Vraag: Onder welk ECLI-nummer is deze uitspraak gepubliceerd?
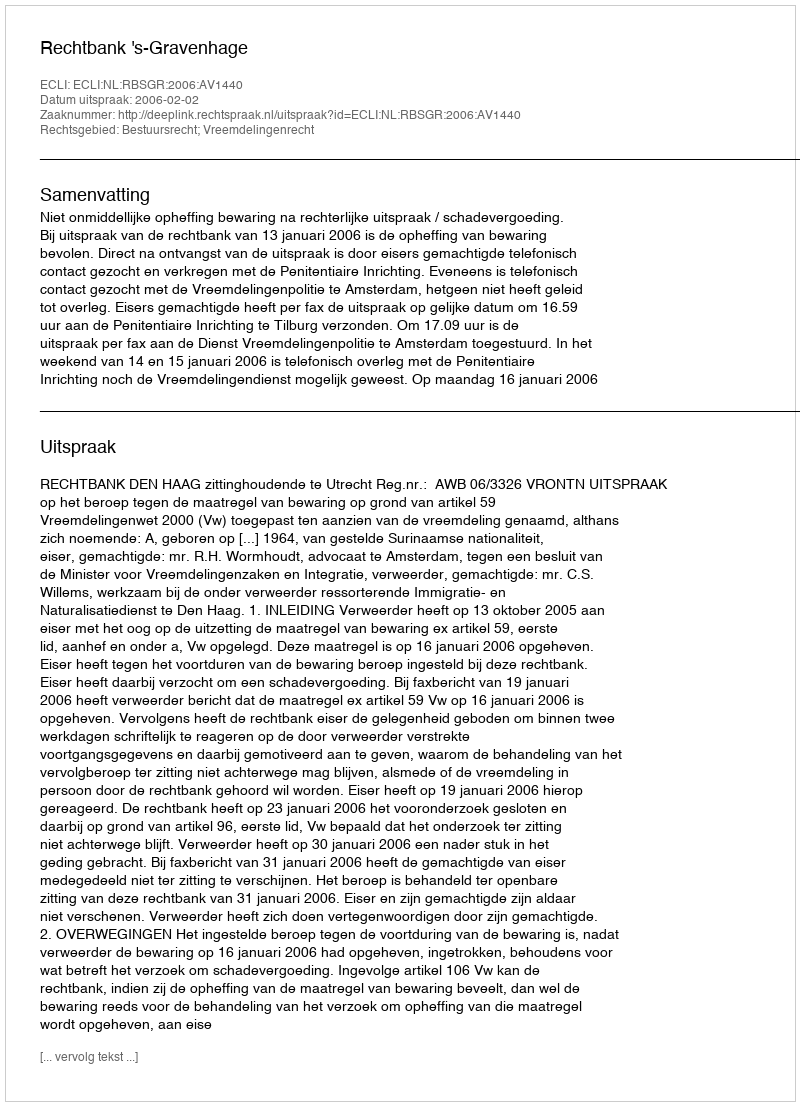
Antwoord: ECLI:NL:RBSGR:2006:AV1440